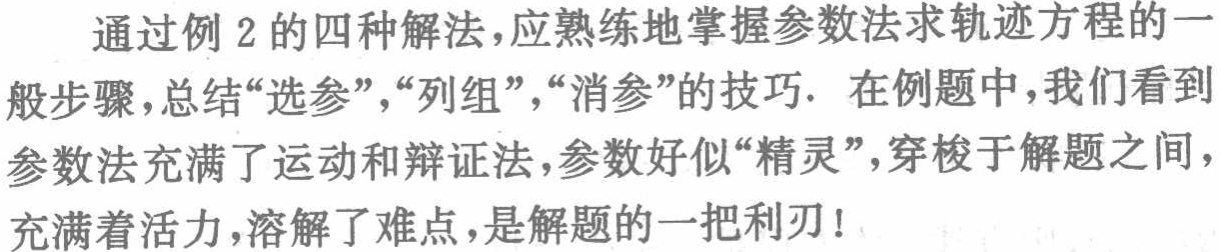
通过例 2 的四种解法，应熟练地掌握参数法求轨迹方程的一

般步骤,总结“选参”，“列组”，“消参”的技巧. 在例题中,我们看到

参数法充满了运动和辩证法,参数好似“精灵”,穿梭于解题之间，

充满着活力,溶解了难点,是解题的一把利刃!